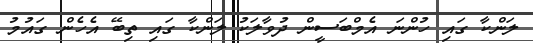
ލަންކާ ގައި ހުންނަ އެމްބަސީން ދުވާލަކު ލަންކާ ގައި ތިބޭ އެހެން ގައުމު